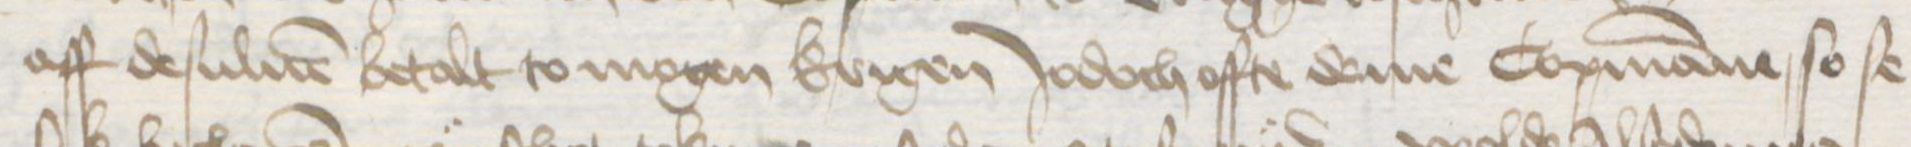
aff desuluen betalt to mogen krigen Jodoch offte deme Copmanne so se